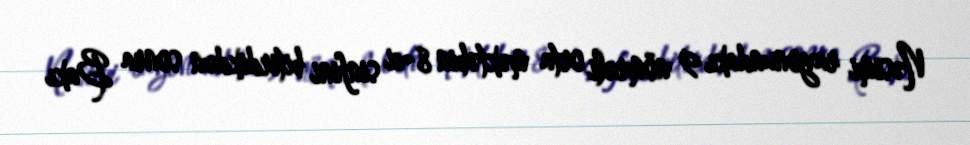
Nəsimi rayonundakı 9 nömrəli orta məktəbin 8-ci sinfini bitirdikdən sonra Bakı